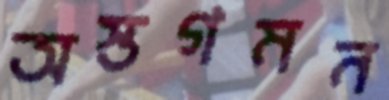
অস্তগমন